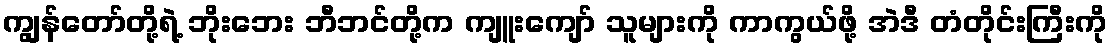
ကျွန်တော်တို့ရဲ့ ဘိုးဘေး ဘီဘင်တို့က ကျူးကျော် သူများကို ကာကွယ်ဖို့ အဲဒီ တံတိုင်းကြီးကို